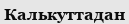
Калькуттадан